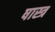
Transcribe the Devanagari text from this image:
षास्त्र